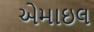
એમાઇલ